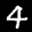
Label: 4